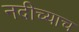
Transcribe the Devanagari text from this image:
नदीच्याच